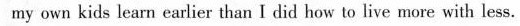
my own kids learn earlier than I did how to live more with less.